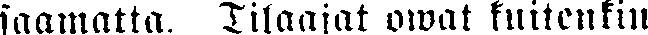
saamatta. Tilaajat owat kuitenkin